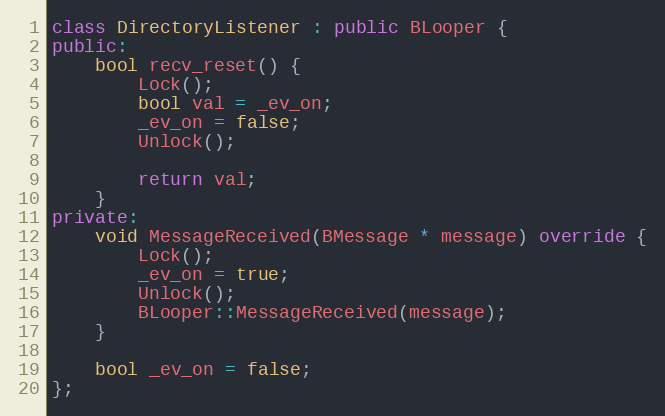
Language: C++
class DirectoryListener : public BLooper {
public:
	bool recv_reset() {
		Lock();
		bool val = _ev_on;
		_ev_on = false;
		Unlock();

		return val;
	}
private:
	void MessageReceived(BMessage * message) override {
		Lock();
		_ev_on = true;
		Unlock();
		BLooper::MessageReceived(message);
	}

	bool _ev_on = false;
};